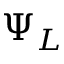
\Psi _ { L }